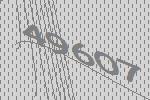
49607